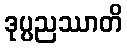
ဒုပ္ပညဿာတိ